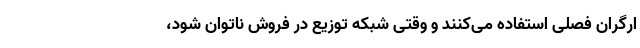
ارگران فصلی استفاده می‌کنند و وقتی شبکه توزیع در فروش ناتوان شود،